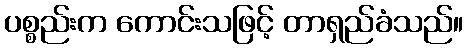
ပစ္စည်းက ကောင်းသဖြင့် တာရှည်ခံသည်။